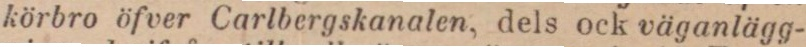
körbro öfver Carlbergskanalen, dels ock väganlägg-